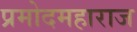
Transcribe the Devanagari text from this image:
प्रमोदमहाराज